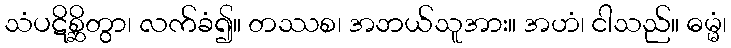
သံပဋိစ္ဆိတွာ၊ လက်ခံ၍။ တဿစ၊ အဘယ်သူအား။ အဟံ၊ ငါသည်။ ဓမ္မံ၊